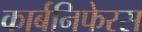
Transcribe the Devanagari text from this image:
कार्बनिफेरस